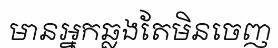
មានអ្នកឆ្លងតែមិនចេញ